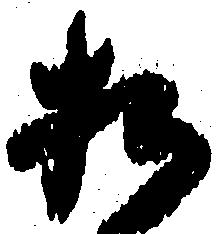
お